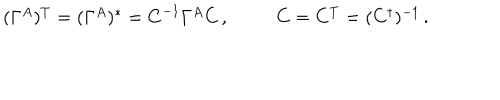
\begin{array} { l l } { { ( \Gamma ^ { A } ) { } ^ { T } = ( \Gamma ^ { A } ) { } ^ { \ast } = { C } ^ { - 1 } \Gamma ^ { A } { C } \, , } } & { { C = C ^ { T } = ( C ^ { \dagger } ) ^ { - 1 } \, . } } \\ \end{array}